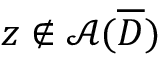
z \not \in \mathcal { A } ( \overline { { D } } )